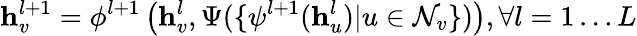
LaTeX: \mathbf h_{v}^{l+1}=\phi^{l+1}\left(\mathbf h_{v}^{l},\Psi(\{ \psi^{l+1}(\mathbf h_{u}^{l})|u\in\mathcal N_{v}\} )\right),\forall l=1\dots L